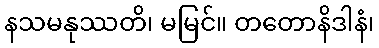
နသမနုဿတိ၊ မမြင်။ တတောနိဒါနံ၊